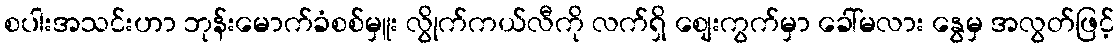
စပါးအသင်းဟာ ဘုန်းမောက်ခံစစ်မှူး လွိုက်ကယ်လီကို လက်ရှိ စျေးကွက်မှာ ခေါ်မလား နွေမှ အလွတ်ဖြင့်